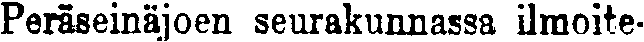
Peräseinäjoen seurakunnassa ilmoite-